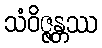
သံဝိဇ္ဇန္တဿ